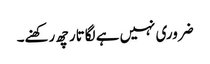
ضروری نہیں ہے لگاتار چھ رکھنے۔